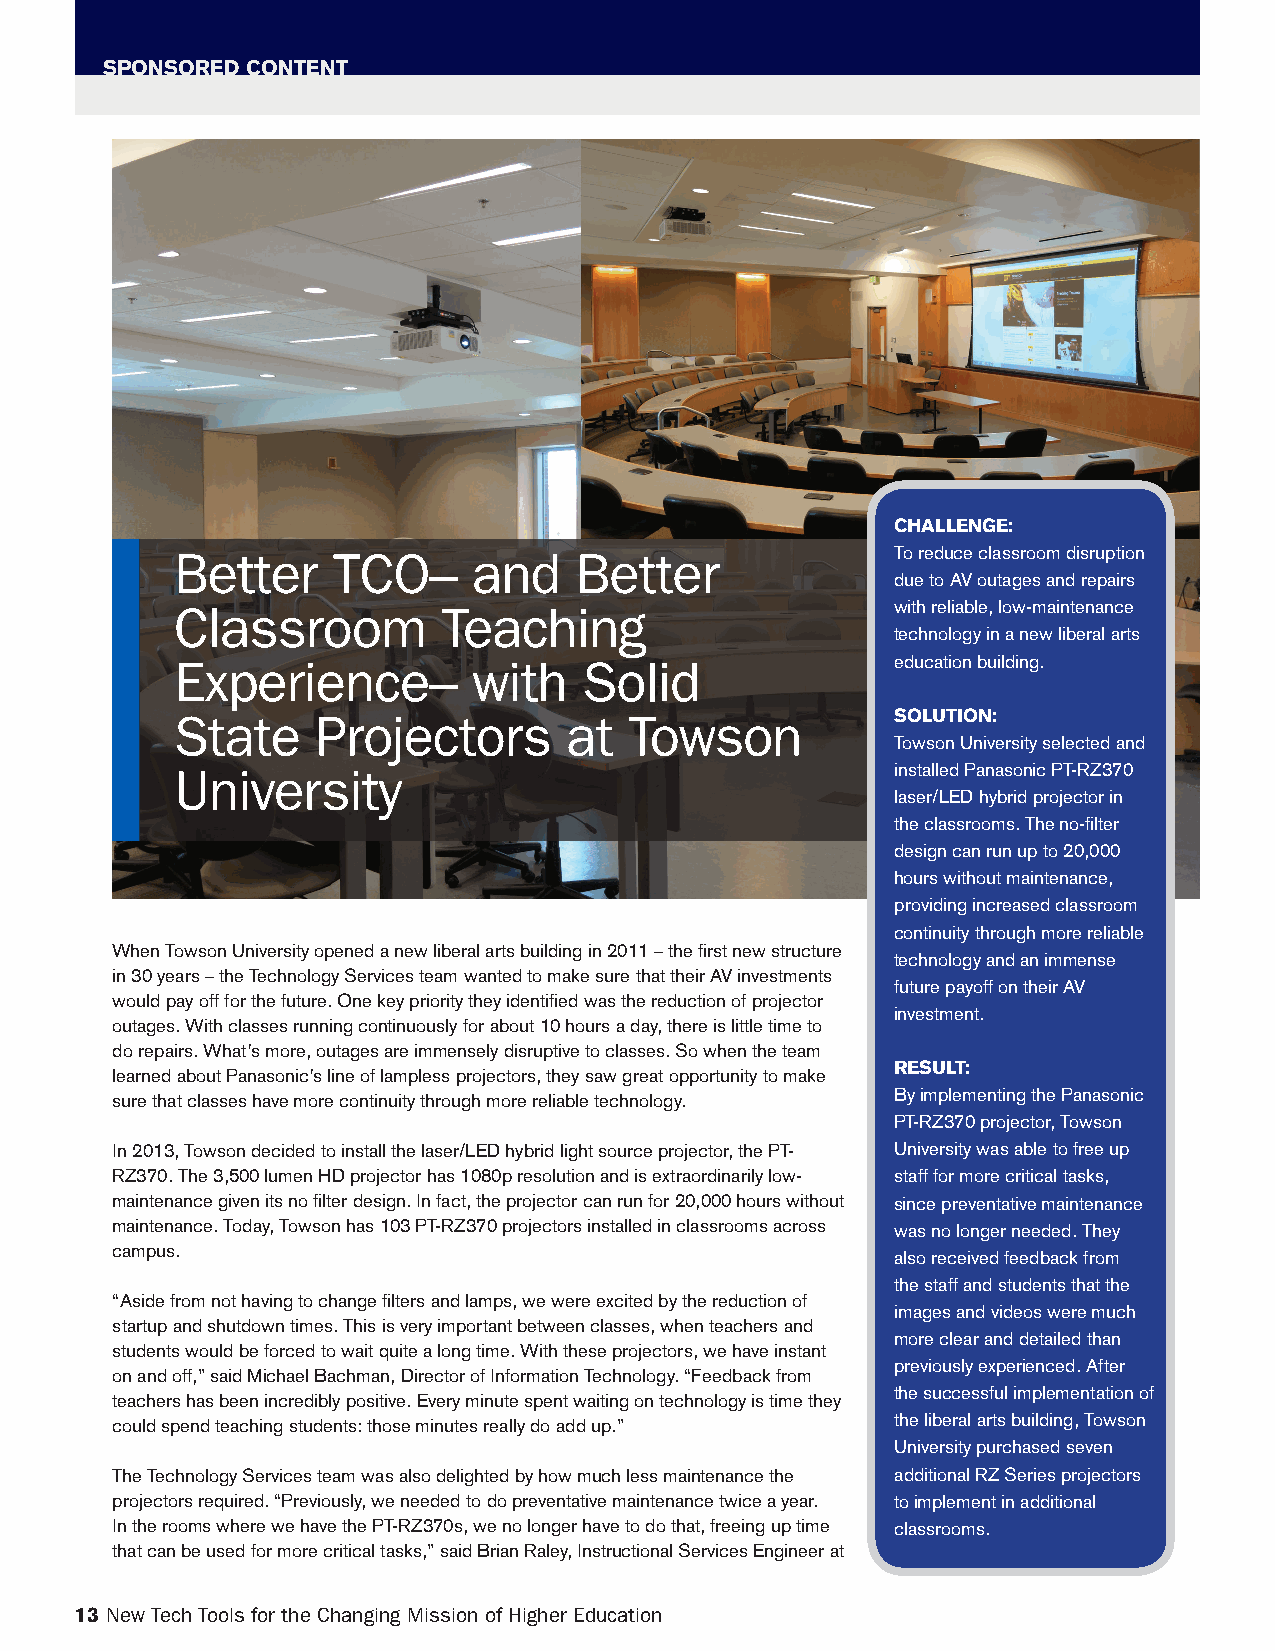
SPONSORED CONTENT
 CHALLENGE:
 Better    TCO–     and    Better               To reduce classroom disruption
 due to AV outages and repairs
 Classroom        Teaching                      with reliable, low-maintenance
 technology in a new liberal arts
 Experience–        with    Solid               education building.
 State    Projectors      at   Towson           SOLUTION:
 Towson University selected and
 University                                     installed Panasonic PT-RZ370
 laser/LED hybrid projector in
 the classrooms. The no-filter
 design can run up to 20,000
 hours without maintenance,
 providing increased classroom
 continuity through more reliable
 When Towson University opened a new liberal arts building in 2011 – the first new structure
 technology and an immense
 in 30 years – the Technology Services team wanted to make sure that their AV investments
 future payoff on their AV
 would pay off for the future. One key priority they identified was the reduction of projector
 investment.
 outages. With classes running continuously for about 10 hours a day, there is little time to
 do repairs. What’s more, outages are immensely disruptive to classes. So when the team
 RESULT:
 learned about Panasonic’s line of lampless projectors, they saw great opportunity to make
 sure that classes have more continuity through more reliable technology. By implementing the Panasonic
 PT-RZ370 projector, Towson
 In 2013, Towson decided to install the laser/LED hybrid light source projector, the PT- University was able to free up
 RZ370. The 3,500 lumen HD projector has 1080p resolution and is extraordinarily low- staff for more critical tasks,
 maintenance given its no filter design. In fact, the projector can run for 20,000 hours without since preventative maintenance
 maintenance. Today, Towson has 103 PT-RZ370 projectors installed in classrooms across was no longer needed. They
 campus.
 also received feedback from
 the staff and students that the
 “Aside from not having to change filters and lamps, we were excited by the reduction of
 images and videos were much
 startup and shutdown times. This is very important between classes, when teachers and
 more clear and detailed than
 students would be forced to wait quite a long time. With these projectors, we have instant
 previously experienced. After
 on and off,” said Michael Bachman, Director of Information Technology. “Feedback from
 the successful implementation of
 teachers has been incredibly positive. Every minute spent waiting on technology is time they
 could spend teaching students: those minutes really do add up.” the liberal arts building, Towson
 University purchased seven
 The Technology Services team was also delighted by how much less maintenance the additional RZ Series projectors
 projectors required. “Previously, we needed to do preventative maintenance twice a year. to implement in additional
 In the rooms where we have the PT-RZ370s, we no longer have to do that, freeing up time classrooms.
 that can be used for more critical tasks,” said Brian Raley, Instructional Services Engineer at
 13 New Tech Tools for the Changing Mission of Higher Education